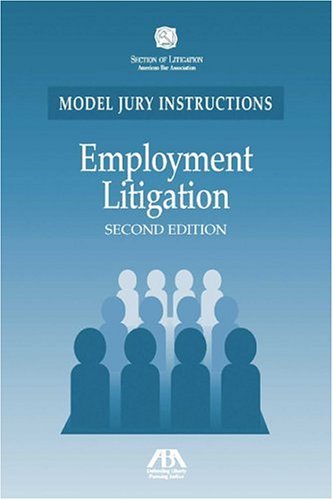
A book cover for Employment Litigation: Model Jury Instructions; American Bar Association; Law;